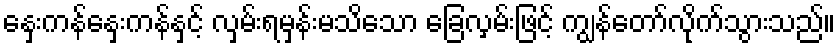
နှေးကန်နှေးကန်နှင့် လှမ်းရမှန်းမသိသော ခြေလှမ်းဖြင့် ကျွန်တော်လိုက်သွားသည်။